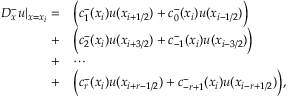
\begin{array} { r l } { D _ { x } ^ { - } u | _ { x = x _ { i } } = } & { \Big ( c _ { 1 } ^ { - } ( x _ { i } ) u ( x _ { i + 1 / 2 } ) + c _ { 0 } ^ { - } ( x _ { i } ) u ( x _ { i - 1 / 2 } ) \Big ) } \\ { + } & { \Big ( c _ { 2 } ^ { - } ( x _ { i } ) u ( x _ { i + 3 / 2 } ) + c _ { - 1 } ^ { - } ( x _ { i } ) u ( x _ { i - 3 / 2 } ) \Big ) } \\ { + } & { \cdots } \\ { + } & { \Big ( c _ { r } ^ { - } ( x _ { i } ) u ( x _ { i + r - 1 / 2 } ) + c _ { - r + 1 } ^ { - } ( x _ { i } ) u ( x _ { i - r + 1 / 2 } ) \Big ) , } \end{array}